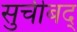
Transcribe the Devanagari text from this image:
सुचीबद्